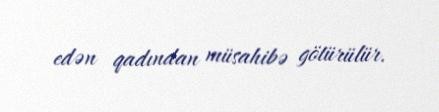
edən qadından müsahibə götürülür.